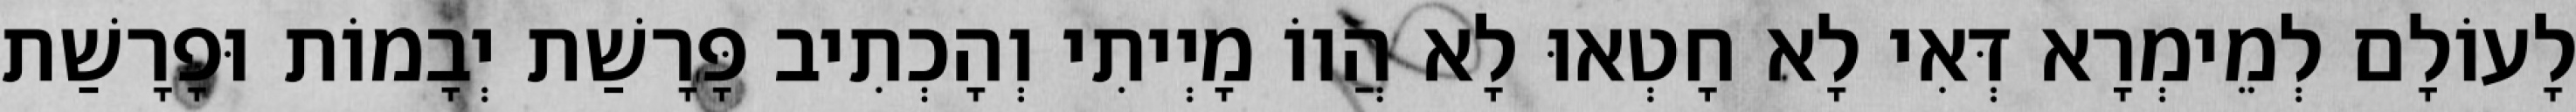
לָעוֹלָם לְמֵימְרָא דְּאִי לָא חָטְאוּ לָא הֲווֹ מָיְיתִי וְהָכְתִיב פָּרָשַׁת יְבָמוֹת וּפָרָשַׁת